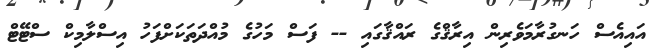
އައިއެސް ހަނގުރާމަވެރިން އިރާޤްގެ ރައްޤާގައި -- ފަސް މަހުގެ މުއްދަތަކަށްފަހު އިސްލާމިކް ސްޓޭޓް